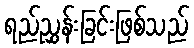
ရည်ညွှန်းခြင်းဖြစ်သည်